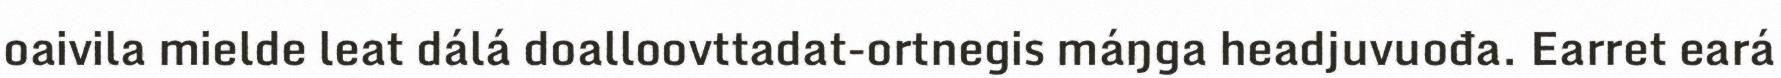
oaivila mielde leat dálá doalloovttadat-ortnegis máŋga headjuvuođa. Earret eará